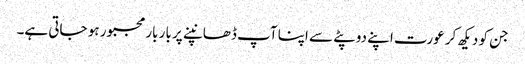
جن کو دیکھ کر عورت اپنے دوپٹے سے اپنا آپ ڈھانپنے پر بار بار مجبور ہو جاتی ہے۔